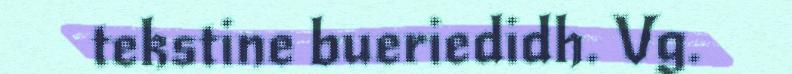
tekstine bueriedidh. Vg.